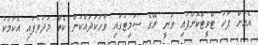
އެއަށް ފަހު ޓްވީޓްކޮށްފައި ވަނީ ރޭގެ ސަމިޓުގައި ވާހަކަދައްކަން ކެތް މަދުވެފައި އެކަމަކު